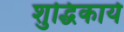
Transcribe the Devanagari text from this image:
शुद्धिकार्य